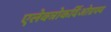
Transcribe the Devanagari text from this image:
एलेक्त्रोकर्दिओग्रफ्य